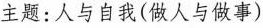
主题:人与自我(做人与做事)